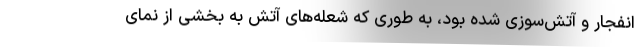
انفجار و آتش‌سوزی شده بود، به طوری که شعله‌های آتش به بخشی از نمای